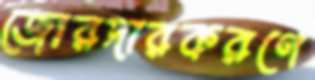
জোরদারকরণে